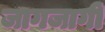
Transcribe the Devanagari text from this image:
जागजागीं